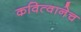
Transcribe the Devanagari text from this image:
कवित्वानेच